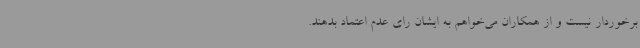
برخوردار نیست و از همکاران می‌خواهم به ایشان رای عدم اعتماد بدهند.